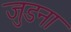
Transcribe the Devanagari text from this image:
जुडना